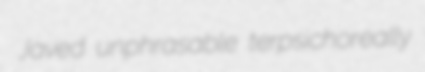
Javed unphrasable terpsichoreally